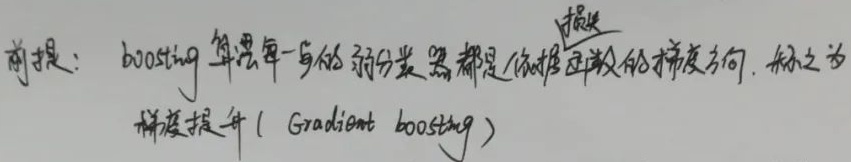
前提：boosting 算法每一步的弱分类器都是依据损失函数的梯度方向，称之为梯度提升 ( Gradient boosting )